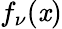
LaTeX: f_{\nu}(\mathit{x})